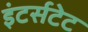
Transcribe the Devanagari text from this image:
इंटर्सटेट